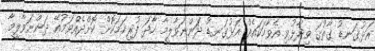
އަޅުގަނޑު ގާތުގަ ވިދާޅުވި އެވާހަކައެއް އަޅުގަނޑު ދަންނަވާލީމާ ހާދަ ފުރިހަމަކޮށް ކޮށްދެއްވަމުއޭ ދަންނަވާލީމާ